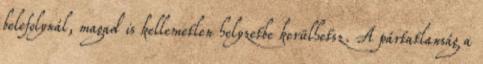
belefolynál, magad is kellemetlen helyzetbe kerülhetsz. A pártatlanság a